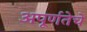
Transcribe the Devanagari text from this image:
अपूर्णतेचे